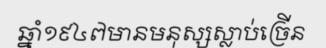
ឆ្នាំ១៩៤៧មានមនុស្សស្លាប់ច្រើន